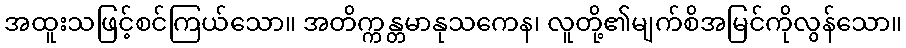
အထူးသဖြင့်စင်ကြယ်သော။ အတိက္ကန္တမာနုသကေန၊ လူတို့၏မျက်စိအမြင်ကိုလွန်သော။